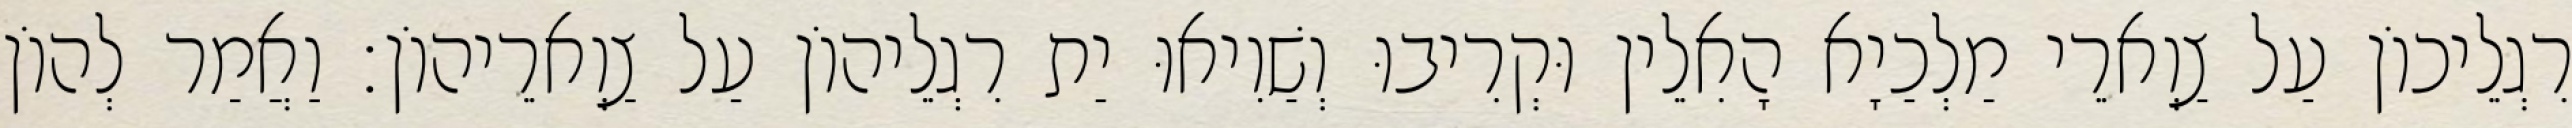
רִגְלֵיכוֹן עַל צַוְארֵי מַלְכַיָא הָאִלֵין וּקְרִיבוּ וְשַׁוִיאוּ יַת רִגְלֵיהוֹן עַל צַוְארֵיהוֹן׃ וַאֲמַר לְהוֹן